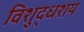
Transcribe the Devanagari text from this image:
विशुद्धशय